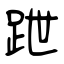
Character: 跇